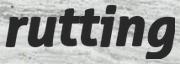
rutting